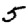
Digit: 5